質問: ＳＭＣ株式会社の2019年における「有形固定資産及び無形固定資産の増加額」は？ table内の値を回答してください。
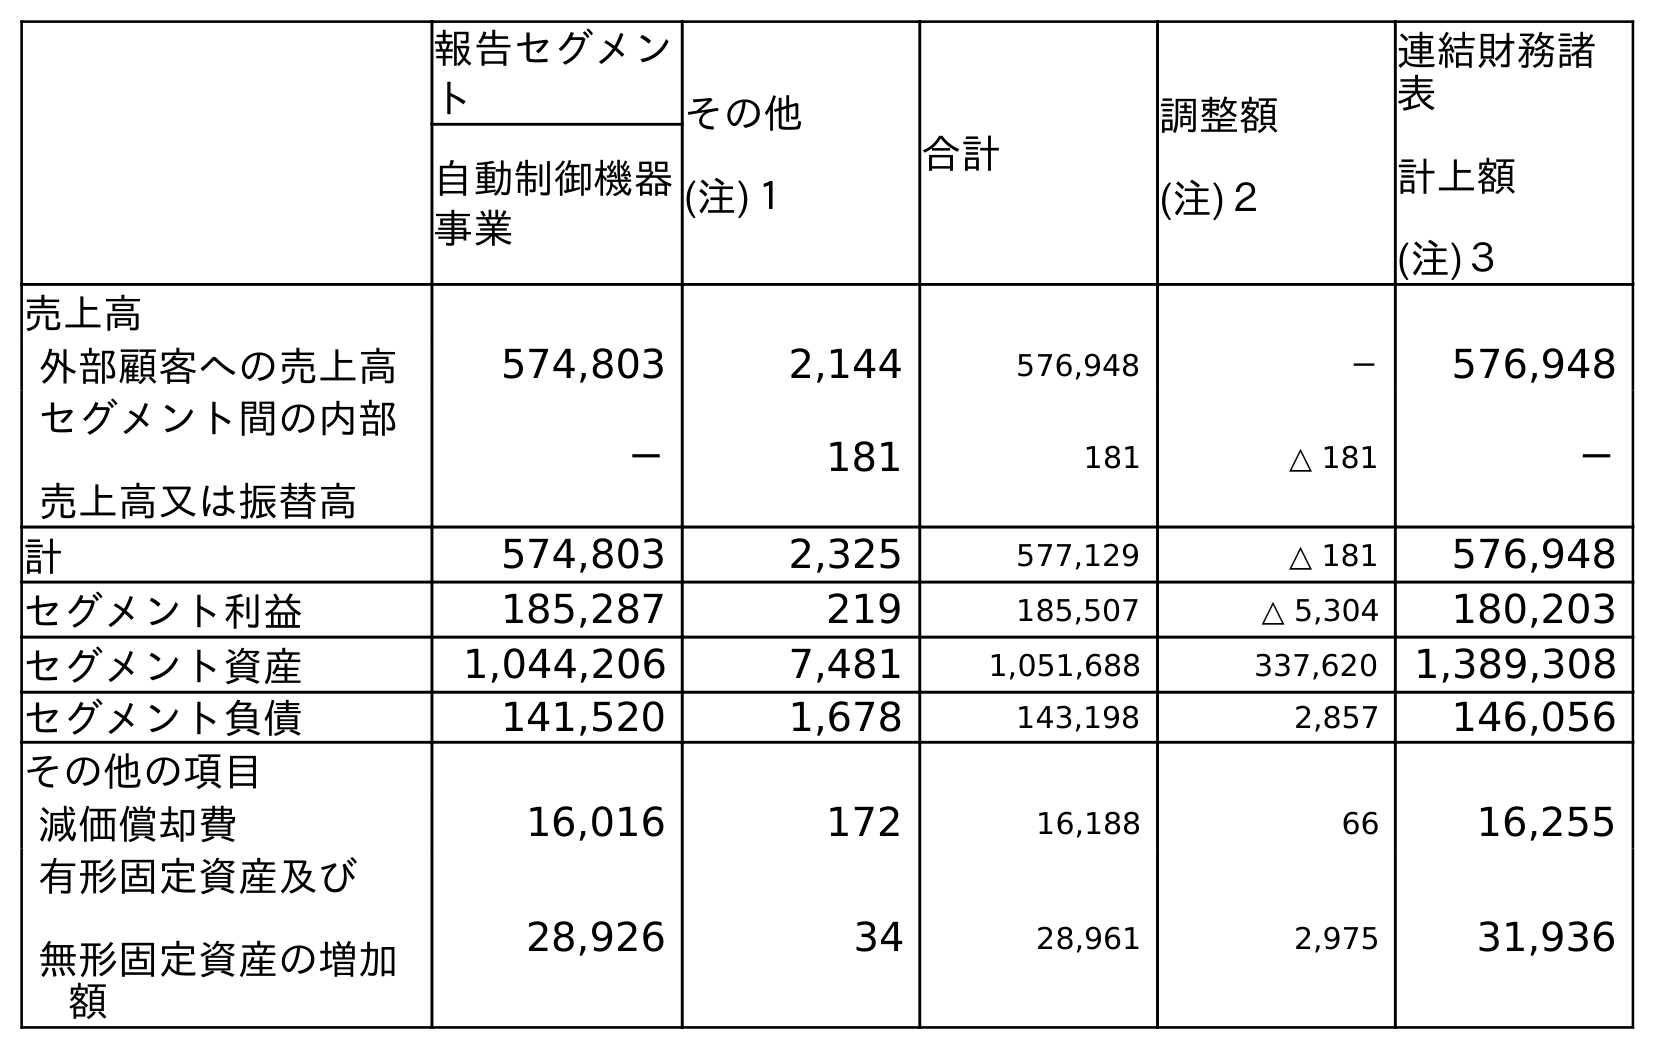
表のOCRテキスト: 報告セグメン ト その他 (注)１ 合計 調整額 (注)２ 連結財務諸 表 計上額 (注)３ 自動制御機器 事業 売上高 外部顧客への売上高 574,803 2,144 576,948 － 576,948 セグメント間の内部 売上高又は振替高 － 181 181 △ 181 － 計 574,803 2,325 577,129 △ 181 576,948 セグメント利益 185,287 219 185,507 △ 5,304 180,203 セグメント資産 1,044,206 7,481 1,051,688 337,620 1,389,308 セグメント負債 141,520 1,678 143,198 2,857 146,056 その他の項目 減価償却費 16,016 172 16,188 66 16,255 有形固定資産及び 無形固定資産の増加 額 28,926 34 28,961 2,975 31,936
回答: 31,936